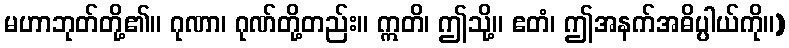
မဟာဘုတ်တို့၏။ ဂုဏာ၊ ဂုဏ်တို့တည်း။ ဣတိ၊ ဤသို့။ ဧတံ၊ ဤအနက်အဓိပ္ပါယ်ကို။)